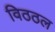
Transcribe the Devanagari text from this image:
विठठल